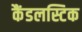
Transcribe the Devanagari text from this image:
कैंडलस्टिक